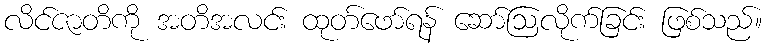
လိင်ဇာတိကို အတိအလင်း ထုတ်ဖော်ရန် ဆော်ဩလိုက်ခြင်း ဖြစ်သည်။